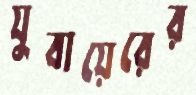
যুবায়েরের